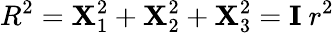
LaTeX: R^{2}=\mathbf{X}_{1}^{2}+\mathbf{X}_{2}^{2}+\mathbf{X}_{3}^{2}=\mathbf{{I}}~r^{2}